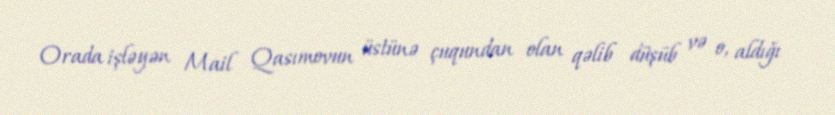
Orada işləyən Mail Qasımovun üstünə çuqundan olan qəlib düşüb və o, aldığı